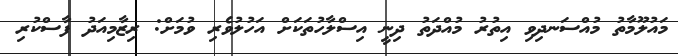
މައުލޫމާތު މުއްސަނދިވި އިތުރު މުއްދަތު ދިނީ އިސްލާހުތަކަށް އަހުލުވެރި ވުމަށް: ރިޒާމިއަދު ފާސްކުރި